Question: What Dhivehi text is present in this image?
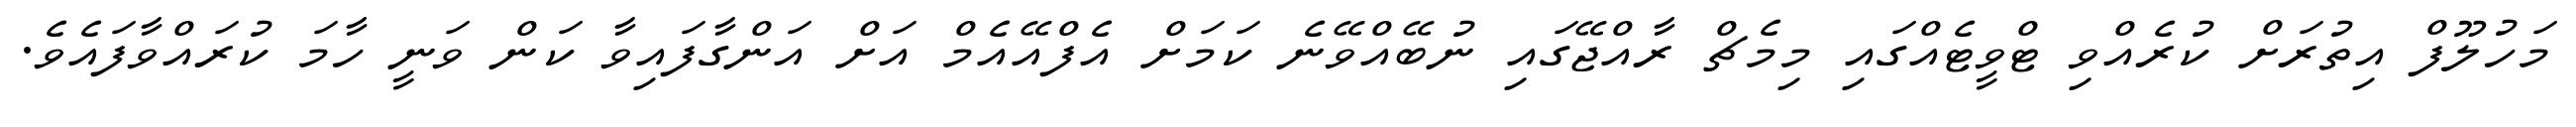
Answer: މަހުލޫފް އިތުރަށް ކުރެއްވި ޓްވީޓެއްގައި މިމެޗް ރާއްޖޭގައި ނުބޭއްވޭނެ ކަމަށް އެފްއޭއެމް އަށް އަންގާފައިވާ ކަން ވަނީ ހާމަ ކުރައްވާފައެވެ.